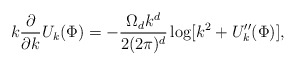
\begin{align*}k\frac{\partial}{\partial k}U_k(\Phi)=-\frac{\Omega_d k^d}{2(2\pi)^d}\log[k^2+U_k^{\prime\prime}(\Phi)],\end{align*}